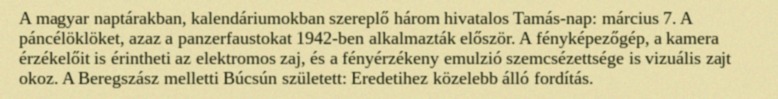
A magyar naptárakban, kalendáriumokban szereplő három hivatalos Tamás-nap: március 7. A páncélöklöket, azaz a panzerfaustokat 1942-ben alkalmazták először. A fényképezőgép, a kamera érzékelőit is érintheti az elektromos zaj, és a fényérzékeny emulzió szemcsézettsége is vizuális zajt okoz. A Beregszász melletti Búcsún született: Eredetihez közelebb álló fordítás.